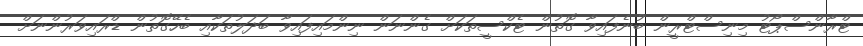
ޓްރާންސްޕޯޓު މިނިސްޓްރީން ބުނެފައިވާ ގޮތުން ޓެކްސީތަކަށް ގެންނަން ނިންމައިފައިވާ ބަދަލުތަކާއި ބެހޭގޮތުން ޑްރައިވަރުންނަށް